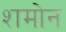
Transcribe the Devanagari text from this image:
शमोन